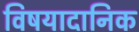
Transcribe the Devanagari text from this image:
विषयादानिक